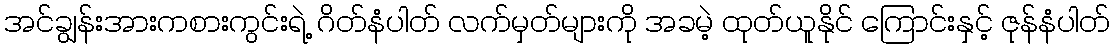
အင်ချွန်းအားကစားကွင်းရဲ့ ဂိတ်နံပါတ် လက်မှတ်များကို အခမဲ့ ထုတ်ယူနိုင် ကြောင်းနှင့် ဇုန်နံပါတ်